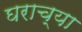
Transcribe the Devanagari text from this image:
घराच्‍या